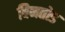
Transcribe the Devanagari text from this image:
बिनतोड